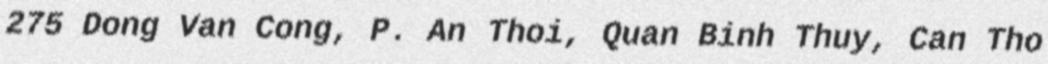
275 Dong Van Cong, P. An Thoi, Quan Binh Thuy, Can Tho